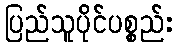
ပြည်သူပိုင်ပစ္စည်း